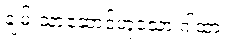
ချမ်းသာဆောင်ဟူသော ဂါထာ။